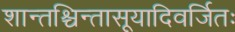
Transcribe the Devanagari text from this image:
शान्तश्चिन्तासूयादिवर्जितः